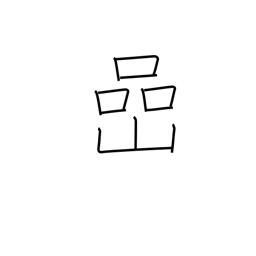
Meaning: rock